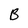
Character: B